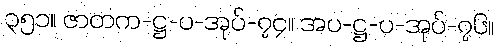
၃၅၁။ ဇာတက-ဋ္ဌ-ပ-အုပ်-၇၄။ အပ-ဋ္ဌ-ပ-အုပ်-၇၆။